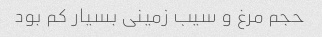
حجم مرغ و سیب زمینی بسیار کم بود